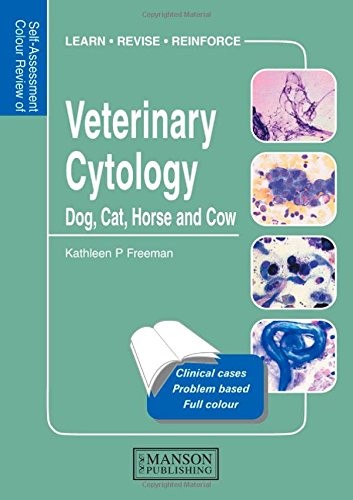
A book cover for Veterinary Cytology: Dog, Cat, Horse and Cow: Self-Assessment Color Review (Veterinary Self-Assessment Color Review Series); Kathleen Freeman; Medical Books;